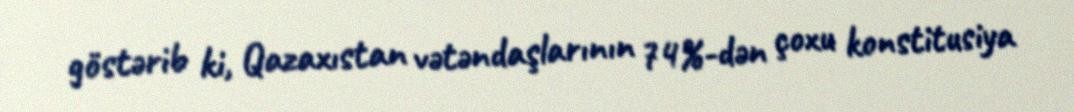
göstərib ki, Qazaxıstan vətəndaşlarının 74%-dən çoxu konstitusiya